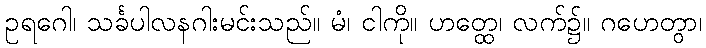
ဥရဂေါ၊ သင်္ခပါလနဂါးမင်းသည်။ မံ၊ ငါကို။ ဟတ္ထေ၊ လက်၌။ ဂဟေတွာ၊